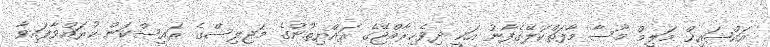
އައްޝައިޚް މަލިމް މޫސާ މާފަތްކަލޭގެފާނު އަކީ ދިވެހިރާއްޖޭގެ ރައްޔިތުންގެ މަޖިލިސްގެ ރައީސްކަން ކުރައްވާފައިވާ